Calcutta medical institutions reports 1879-81 [i.e.91]
Year: 1879
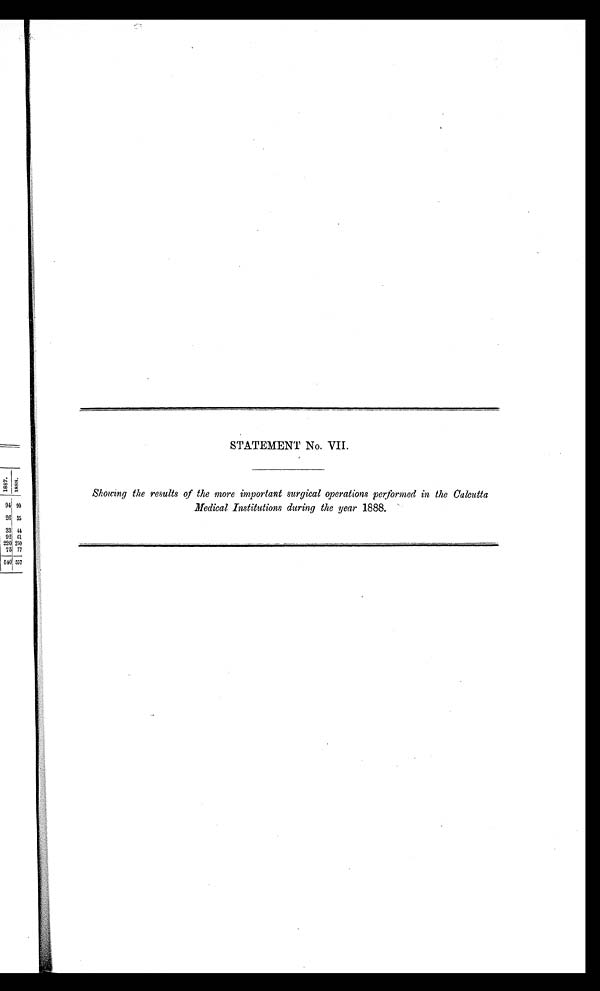
STATEMENT No. VII.
Showing the results of the more important surgical operations performed in the Calcutta
Medical Institutions during the year 1888.